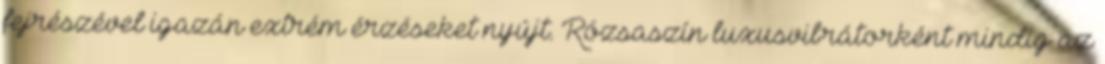
fejrészével igazán extrém érzéseket nyújt. Rózsaszín luxusvibrátorként mindig az